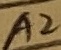
Text: A2